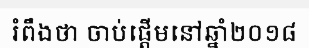
រំពឹងថា ចាប់ផ្តើមនៅឆ្នាំ២០១៨